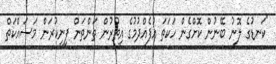
"ކަނޑުގެ ލޮނު ބޭނުން ކޮށްގެން ހަކަތަ އުފެއްދުމުގެ އިތުރުން ތަންތަން ފިނިކުރަން މަސައްކަތް